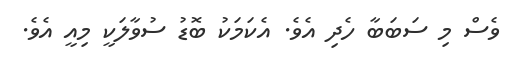
ވެސް މި ސަބަބާ ހެދި އެވެ. އެކަމަކު ބޮޑު ސުވާލަކީ މިއީ އެވެ.